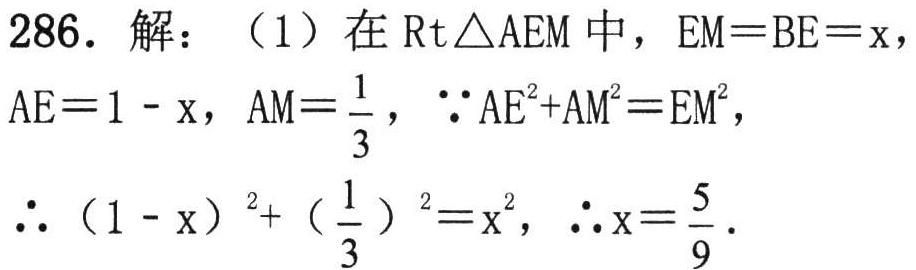
286. 解：（1）在$\mathrm{Rt}\triangle AEM$中，$EM = BE = x$，

$AE = 1 - x$，$AM=\frac{1}{3}$，$\because AE^{2}+AM^{2}=EM^{2}$，

$\therefore (1 - x)^{2}+(\frac{1}{3})^{2}=x^{2}$，$\therefore x=\frac{5}{9}$.